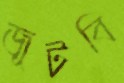
জুটবি